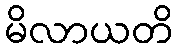
မိလာယတိ